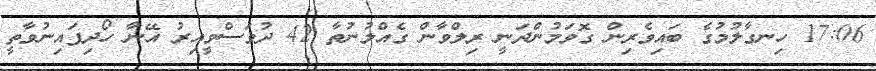
17:06 ހިނގާލުމުގެ ބައިވެރިން ގޮވަމުންދަނީ ރިލްވާން ގެއްލުނުތާ 42 ދުވަސްވީއިރު އޭނާ ހޯދިފައިނުވާތީ